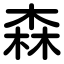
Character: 森